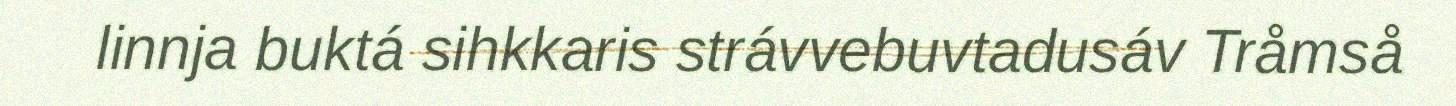
linnja buktá sihkkaris strávvebuvtadusáv Tråmså